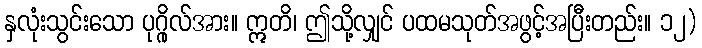
နှလုံးသွင်းသော ပုဂ္ဂိုလ်အား။ ဣတိ၊ ဤသို့လျှင် ပထမသုတ်အဖွင့်အပြီးတည်း။ ၁၂)